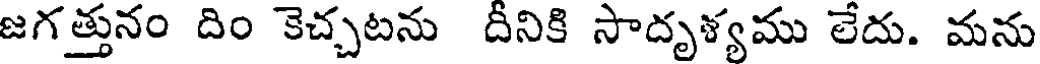
జగత్తునం దిం కెచ్చటను దీనికి సాదృళ్యము లేదు. మను